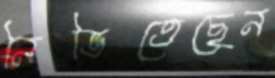
নিভিতেছেন